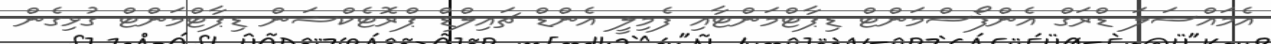
އެމައްސަލަ ޑްރަގް އެންފޯސްމަންޓް ޑިޕާޓްމަންޓާއި ފެމިލީ އެންޑް ޗައިލްޑް ޕްރޮޓެކްޝަން ޑިޕާޓްމަންޓް ގުޅިގެން